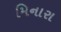
મિનારા